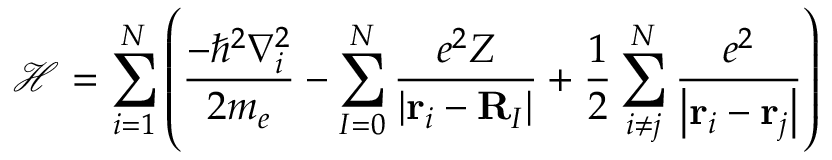
{ \mathcal { H } } = \sum _ { i = 1 } ^ { N } \left( { \frac { - \hbar ^ { 2 } \nabla _ { i } ^ { 2 } } { 2 m _ { e } } } - \sum _ { I = 0 } ^ { N } { \frac { e ^ { 2 } Z } { \left| \mathbf { r } _ { i } - \mathbf { R } _ { I } \right| } } + { \frac { 1 } { 2 } } \sum _ { i \neq j } ^ { N } { \frac { e ^ { 2 } } { \left| \mathbf { r } _ { i } - \mathbf { r } _ { j } \right| } } \right)